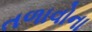
તળાવોના